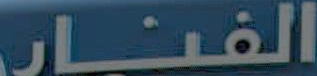
الفنار